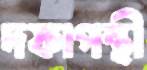
দফাপন্থী